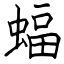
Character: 蝠